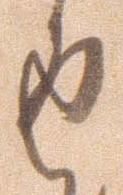
返